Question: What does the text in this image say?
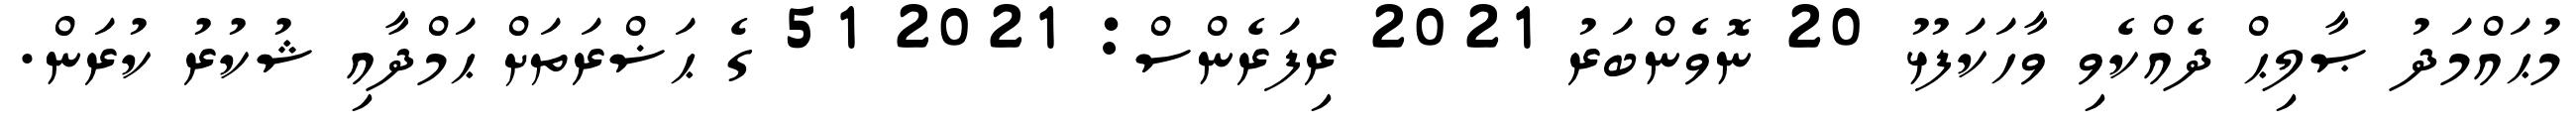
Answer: މުޙައްމަދު ޞާލިޙް ދެއްކެވި ވާހަކަފުޅު 20 ނޮވެންބަރު 2021 ރިފަރެންސް: 2021 51 ގެ ޙަޟްރަތަށް ޙަމްދާއި ޝުކުރު ކުރަން.